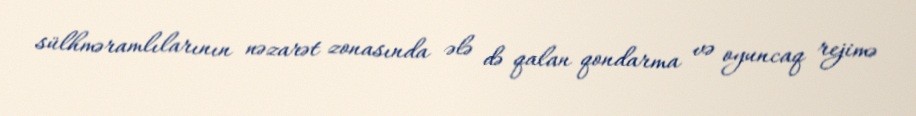
sülhməramlılarının nəzarət zonasında ələ də qalan qondarma və oyuncaq rejimə